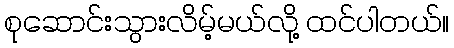
စုဆောင်းသွားလိမ့်မယ်လို့ ထင်ပါတယ်။